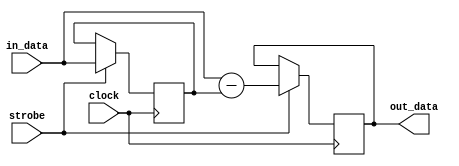
/*
--------------------------------------------------------------------------------
This library is free software; you can redistribute it and/or
modify it under the terms of the GNU Library General Public
License as published by the Free Software Foundation; either
version 2 of the License, or (at your option) any later version.
This library is distributed in the hope that it will be useful,
but WITHOUT ANY WARRANTY; without even the implied warranty of
MERCHANTABILITY or FITNESS FOR A PARTICULAR PURPOSE.  See the GNU
Library General Public License for more details.
You should have received a copy of the GNU Library General Public
License along with this library; if not, write to the
Free Software Foundation, Inc., 51 Franklin St, Fifth Floor,
Boston, MA  02110-1301, USA.
--------------------------------------------------------------------------------
*/


//------------------------------------------------------------------------------
//           Copyright (c) 2008 Alex Shovkoplyas, VE3NEA
//------------------------------------------------------------------------------



module cic_comb( clock, strobe,  in_data,  out_data );

parameter WIDTH = 64;

input clock;
input strobe;
input signed [WIDTH-1:0] in_data;
output reg signed [WIDTH-1:0] out_data;

reg signed [WIDTH-1:0] prev_data = 0;

always @(posedge clock)  
  if (strobe) 
    begin
    out_data <= in_data - prev_data;
    prev_data <= in_data;
    end



endmodule